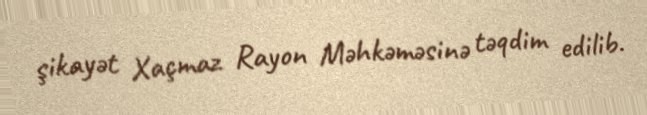
şikayət Xaçmaz Rayon Məhkəməsinə təqdim edilib.